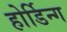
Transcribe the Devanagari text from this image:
होर्डिन्ग